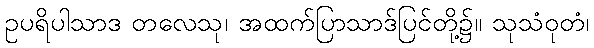
ဥပရိပါသာဒ တလေသု၊ အထက်ပြာသာဒ်ပြင်တို့၌။ သုသံဝုတံ၊